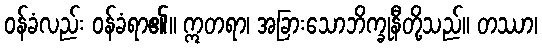
ဝန်ခံလည်း ဝန်ခံရာ၏။ ဣတရာ၊ အခြားသောဘိက္ခုနီတို့သည်။ တဿာ၊